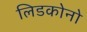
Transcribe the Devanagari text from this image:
लिडकोनो